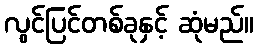
လွင်ပြင်တစ်ခုနှင့် ဆုံမည်။